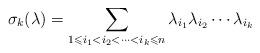
LaTeX: \begin{align*}\sigma_k(\lambda) = \sum\limits_{1\leqslant i_1<i_2<\cdots<i_k\leqslant n} \lambda_{i_1}\lambda_{i_2}\cdots\lambda_{i_k}\end{align*}